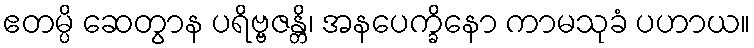
ဧတမ္ပိ ဆေတွာန ပရိဗ္ဗဇန္တိ၊ အနပေက္ခိနော ကာမသုခံ ပဟာယ။